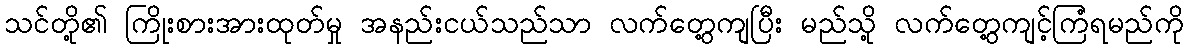
သင်တို့၏ ကြိုးစားအားထုတ်မှု အနည်းငယ်သည်သာ လက်တွေ့ကျပြီး မည်သို့ လက်တွေ့ကျင့်ကြံရမည်ကို